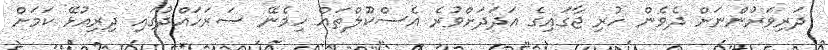
ދަރިވަރުންނަށް ދެވެން ހުރި ޖާގައިގެ އަދަދަށްވުރެ އެސްކޫލްތައް ހިމެނޭ ސަރަހައްދުގައި ދިރިއުޅޭ ކަމަށް